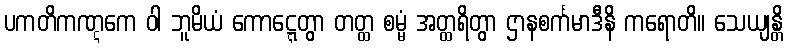
ပကတိကဏ္ဋကေ ဝါ ဘူမိယံ ကောဋ္ဋေတွာ တတ္ထ စမ္မံ အတ္ထရိတွာ ဌာနစင်္ကမာဒီနိ ကရောတိ။ သေယျန္တိ